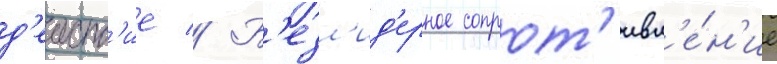
д'еиств'ие // Б'езл'ид'ерное сопрот'ивл'е́н'ие